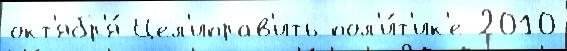
окт'ябр'я́ Цел'иправ'ить пол'и́т'ик'е 2010